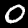
Digit: 0